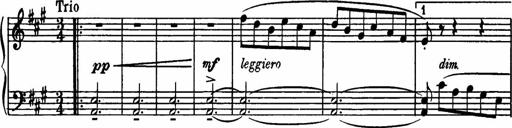
Title: Sonatilla
Composer: Mortimer Wilson
Key: C major